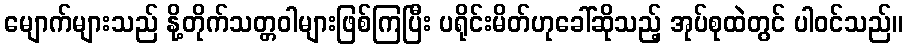
မျောက်များသည် နို့တိုက်သတ္တဝါများဖြစ်ကြပြီး ပရိုင်းမိတ်ဟုခေါ်ဆိုသည့် အုပ်စုထဲတွင် ပါဝင်သည်။